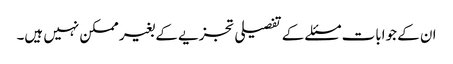
ان کے جوابات مسئلے کے تفصیلی تجزیے کے بغیر ممکن نہیں ہیں۔